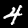
Label: 4